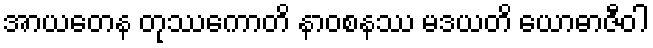
အာယတေန တုဿကောတိ နာဝစနဿ မဒယတိ ယောဓာဇီဝါ